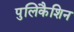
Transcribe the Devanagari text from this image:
पुलिकैशिन